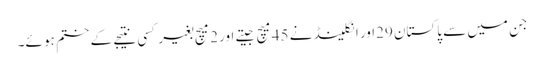
جن میں سے پاکستان 29اور انگلینڈ نے 45میچ جیتے اور 2میچ بغیر کسی نتیجے کے ختم ہو ئے۔